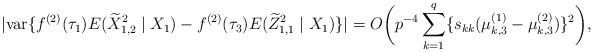
LaTeX: \begin{align*}|\textup{var}\{f^{(2)}(\tau_1)E(\widetilde{X}_{1,2}^2\mid X_1)-f^{(2)}(\tau_3)E(\widetilde{Z}_{1,1}^2\mid X_1)\}|=O\bigg(p^{-4}\sum_{k=1}^{q}\{s_{kk}(\mu_{k,3}^{(1)}-\mu_{k,3}^{(2)})\}^2\bigg),\end{align*}